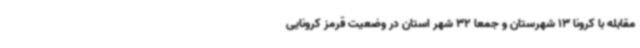
مقابله با کرونا 13 شهرستان و جمعا 32 شهر استان در وضعیت قرمز کرونایی